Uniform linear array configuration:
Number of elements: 8
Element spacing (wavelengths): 0.25
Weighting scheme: hann
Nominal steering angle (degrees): -60
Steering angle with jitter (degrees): -58.387
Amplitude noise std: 0.05
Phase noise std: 0.05

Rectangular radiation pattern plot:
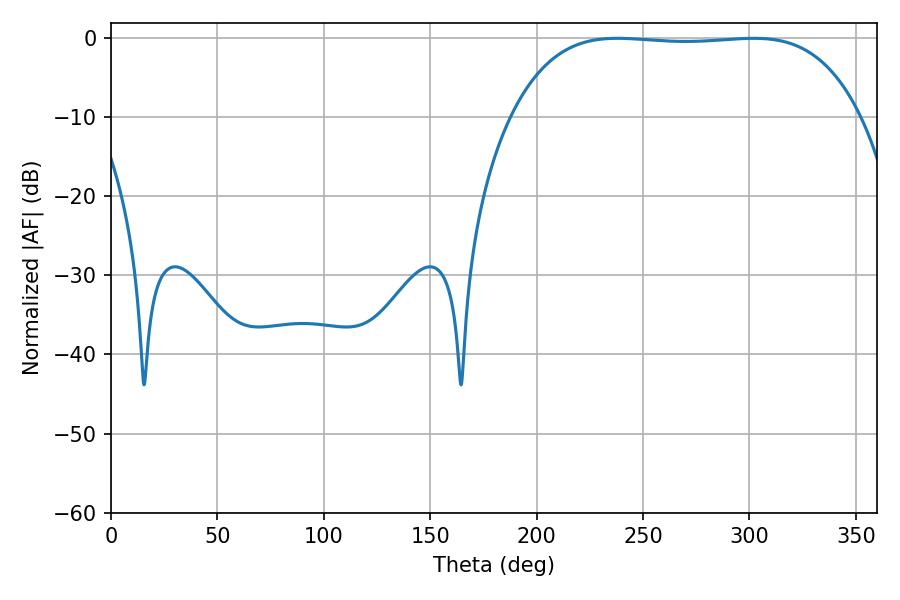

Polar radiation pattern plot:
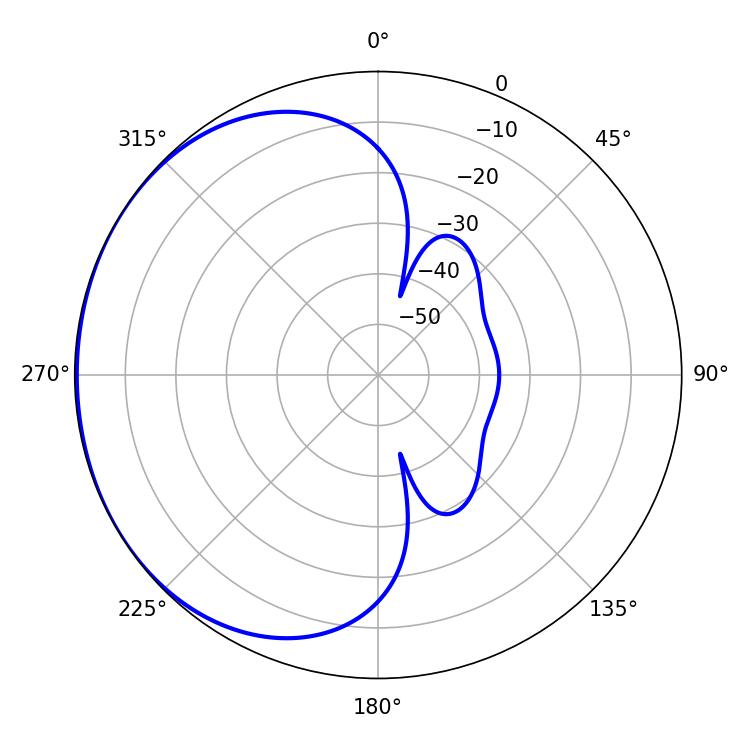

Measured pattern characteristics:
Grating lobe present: FALSE
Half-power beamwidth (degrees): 128.16
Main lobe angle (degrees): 237.96